Report on vaccination in Madras 1877-1894 - 1877-1894
Year: 1877
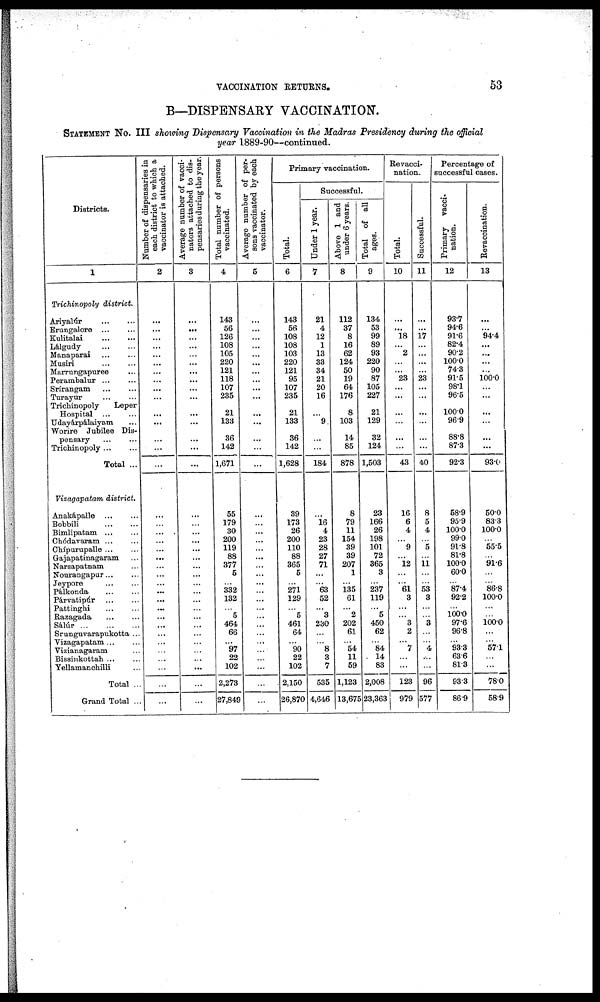
VACCINATION RETURNS.
53
B—DISPENSARY VACCINATION.
STATEMENT NO. III showing Dispensary Vaccination in the Madras Presidency during the official
year 1889-90—continued.
Districts.
1
Trichinopoly district.
Ariyalúr
...
...
Erungalore
...
...
Kulitalai
...
...
Lálgudy
...
...
Manaparai
...
...
Musiri
...
...
Marrungapuree ...
Perambalur
...
...
Srírangam
...
...
Turayur
...
...
Trichinopoly
Leper
Hospital ... ...
Udayárpálaiyam ...
Worire Jubilee Dis-
pensary ... ...
Triohinopoly ... ...
Total ...
Vizagapatam district.
Anakápalle
...
...
Bobbili
...
...
Bimlipatam
...
...
Chódavaram ... ...
Chípurupalle ... ...
Gajapatinagaram ...
Narsapatnam ...
Nourangapur ... ...
Jeypore ... ...
Pálkonda
...
...
Párvatipúr
...
...
Pattinghi
...
...
Razagada
...
...
Sálúr
...
...
...
Srunguvarapukotta ...
Vizagapatam ... ...
Vizianagaram ... ...
Bissiukottah ... ...
Yellamanchilli ...
Total ...
Grand Total ...
Number of dispensaries in
each district to which a
vaccinator is attached.
2
...
...
...
...
...
...
...
...
...
...
...
...
...
...
...
...
...
...
...
...
...
...
...
...
...
...
...
...
...
...
...
...
...
...
...
...
Average number of vacci-
nators attached to dis-
pensaries during the year.
3
...
...
...
...
...
...
...
...
...
...
...
...
...
...
...
...
...
...
...
...
...
...
...
...
...
...
...
...
...
...
...
...
...
...
...
Total number of persons
vaccinated.
4
143
56
126
108
105
220
121
118
107
235
21
133
36
142
1,671
55
179
30
200
119
88
377
5
... 332
132
...
5
464
66
...
97
22
102
2,273
27,849
Average number of per-
sons vaccinated by each
vaccinator.
5
...
...
...
...
...
...
...
...
...
...
...
...
...
...
...
...
...
...
...
...
...
...
...
...
...
...
...
...
...
...
...
...
...
...
...
...
Primary vaccination.
Total.
6
143
56
108
108
103
220
121
95
107
235
21
133
36
142
1,628
39
173
26
200
110
88
365
5
...
271
129
...
5
461
64
...
90
22
102
2,150
26,870
Successful.
Under 1 year.
7
21
4
12
1
13
33
34
21
20
16
...
9
...
...
184
...
16
4
23
28
27
71
...
... 63
52
...
3
230
...
...
8
3
7
535
4,646
Above 1 and
under 6 years.
8
112
37
8
16
62
124
50
19
64
176
8
103
14
85
878
8
79
11
154
39
39
207
1
...
135
61
...
2
202
61
...
54
11
59
1,123
13,675
Total of all
ages.
9
134
53
99
89
93
220
90
87
105
227
21
129
32
124
1,503
23
166
26
198
101
72
365
3
... 237
119
...
5
450
62
...
84
14
83
2,008
23,363
Revacci-
nation.
Total.
10
...
...
18
...
2
...
...
23
...
...
...
...
...
...
43
16
6
4
...
9
...
12
...
... 61
3
...
...
3
2
...
7
...
...
123
979
Successful.
11
...
...
17
...
...
...
...
23
...
...
...
...
...
...
40
8
5
4
...
5
...
11
...
... 53
3
...
...
3
...
...
4
...
...
96
577
Percentage of
successful cases.
Primary vacci-
nation.
12
93.7
94.6
91.6
82.4
90.2
100.0
74.3
91.5
98.1
96.5
100.0
96.9
88.8
87.3
92.3
58.9
95.9
100.0
99.0
91.8
81.8
100.0
60.0
... 87.4
92.2
...
100.0 97.6
96.8
...
93.3
63.6
81.3
93.3
86.9
Revaccination.
13
...
...
94.4
...
...
...
...
100.0
...
...
...
...
...
...
93.0
50.0
83.3
100.0
...
55.5
...
91.6
...
... 86.8
100.0
...
...
100.0
...
...
57.1
...
...
78.0
58.9